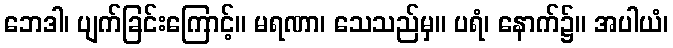
ဘေဒါ၊ ပျက်ခြင်းကြောင့်။ မရဏာ၊ သေသည်မှ။ ပရံ၊ နောက်၌။ အပါယံ၊